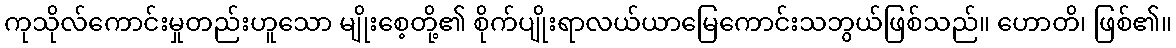
ကုသိုလ်ကောင်းမှုတည်းဟူသော မျိုးစေ့တို့၏ စိုက်ပျိုးရာလယ်ယာမြေကောင်းသဘွယ်ဖြစ်သည်။ ဟောတိ၊ ဖြစ်၏။